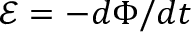
\textstyle { \mathcal { E } } = - d \Phi / d t